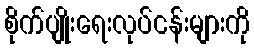
စိုက်ပျိုးရေးလုပ်ငန်းများကို